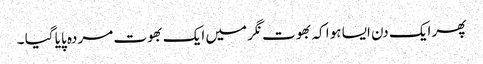
پھر ایک دن ایسا ہوا کہ بھوت نگر میں ایک بھوت مردہ پایا گیا ۔